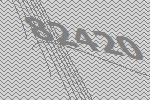
82420